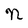
Character: N